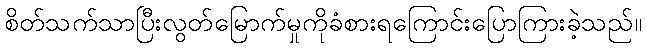
စိတ်သက်သာပြီးလွတ်မြောက်မှုကိုခံစားရကြောင်းပြောကြားခဲ့သည်။